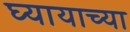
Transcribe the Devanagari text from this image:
घ्यायाच्या